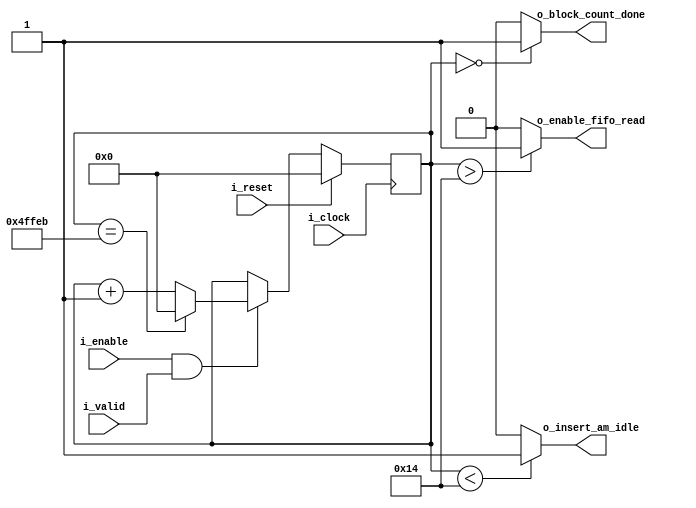



module am_mod_counter
#(
	parameter N_BLOCKS = 16383, //[REVISAR] cantidad de bloquen entre am y am
	parameter N_LANES  = 20
 )
 (
 	input  wire i_reset,
 	input  wire i_clock,
 	input  wire i_enable,
 	input  wire i_valid, // coontrol de flujo de cgmii, puede estar siempre en 1
 	
 	output wire o_block_count_done,
 	output wire o_insert_am_idle,
 	output wire o_enable_fifo_read
 );


//LOCALPARAMS

localparam MAX_COUNT = N_LANES*N_BLOCKS;
localparam NB_COUNT  = $clog2(N_LANES*N_BLOCKS);

//INTERNAL SIGNALS

reg [NB_COUNT-1 : 0] counter;


//Update counter
always @ (posedge i_clock)
begin
	if(i_reset)
		counter <= {NB_COUNT{1'b0}};
	else if(i_enable && i_valid)
	begin
		if(counter == MAX_COUNT-1)
			counter <= 0;
		else 
			counter <= counter+1;
	end
 	
end 


//PORTS
assign o_block_count_done = (counter == {NB_COUNT{1'b0}}) ? 1'b1 : 1'b0;
assign o_insert_am_idle   = (counter <  N_LANES)		  ? 1'b1 : 1'b0;
assign o_enable_fifo_read = (counter >  N_LANES)		  ? 1'b1 : 1'b0;




endmodule